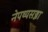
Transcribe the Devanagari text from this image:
नेपथ्यसज्जा